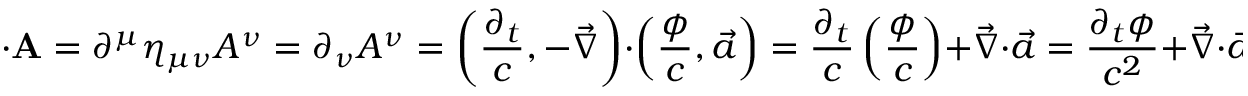
\mathbf { \partial } \cdot \mathbf { A } = \partial ^ { \mu } \eta _ { \mu \nu } A ^ { \nu } = \partial _ { \nu } A ^ { \nu } = \left( { \frac { \partial _ { t } } { c } } , - { \vec { \nabla } } \right) \cdot \left( { \frac { \phi } { c } } , { \vec { a } } \right) = { \frac { \partial _ { t } } { c } } \left( { \frac { \phi } { c } } \right) + { \vec { \nabla } } \cdot { \vec { a } } = { \frac { \partial _ { t } \phi } { c ^ { 2 } } } + { \vec { \nabla } } \cdot { \vec { a } } = 0